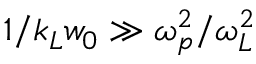
1 / k _ { L } w _ { 0 } \gg \omega _ { p } ^ { 2 } / \omega _ { L } ^ { 2 }